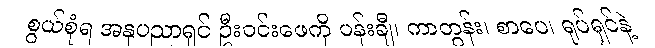
စွယ်စုံရ အနုပညာရှင် ဦးဝင်းဖေကို ပန်းချီ၊ ကာတွန်း၊ စာပေ၊ ရုပ်ရှင်နဲ့